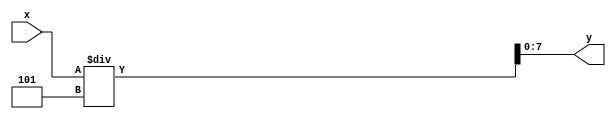
// Divide 16-bit Celsius X 9 temperature by a constant of 5
// and output an 8-bit value
//
// Written by David Marion
`timescale 1ns / 1ps
module divide_by_5(
    input [15:0] x,
    output reg [7:0] y
    );
    
    always @(*) begin
        y = x / 5;
    end
    
endmodule